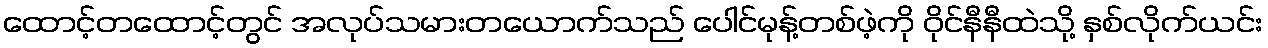
ထောင့်တထောင့်တွင် အလုပ်သမားတယောက်သည် ပေါင်မုန့်တစ်ဖဲ့ကို ဝိုင်နီနီထဲသို့ နှစ်လိုက်ယင်း